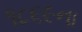
૧૮૬૯ના